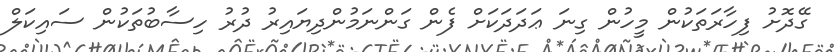
ގޭދޮށު ފިހާރަތަކުން މީހުން ގިނަ ޢަދަދަކަށް ފެން ގަންނަމުންދިޔައިރު ދުރު ހިސާބުތަކުން ސައިކަލް